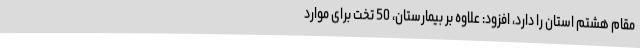
مقام هشتم استان را دارد، افزود: علاوه بر بیمارستان، 50 تخت برای موارد